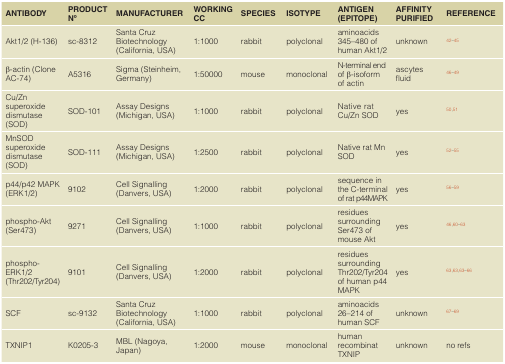
<table><thead><tr><td><b>ANTIBODY</b></td><td><b>PRODUCTNo</b></td><td><b>MANUFACTURER</b></td><td><b>WORKINGCC</b></td><td><b>SPECIES</b></td><td><b>ISOTYPE</b></td><td><b>ANTIGEN(EPITOPE)</b></td><td><b> AFFINITYPURIFIED</b></td><td><b>REFERENCE</b></td></tr></thead><tbody><tr><td>Akt1/2 (H-136)</td><td>sc-8312</td><td>Santa CruzBiotechnology(California, USA)</td><td>1:1000</td><td>rabbit</td><td>polyclonal</td><td>aminoacids345–480 ofhuman Akt1/2</td><td>unknown</td><td><sup>42–45</sup></td></tr><tr><td>β-actin (CloneAC-74)</td><td>A5316</td><td>Sigma (Steinheim,Germany)</td><td>1:50000</td><td>mouse</td><td>monoclonal</td><td> N-terminal endof β-isoformof actin</td><td>ascytesfluid</td><td><sup>46–49</sup></td></tr><tr><td>Cu/Znsuperoxidedismutase(SOD)</td><td>SOD-101</td><td>Assay Designs(Michigan, USA)</td><td>1:1000</td><td>rabbit</td><td>polyclonal</td><td>Native ratCu/Zn SOD</td><td>yes</td><td><sup>50,51</sup></td></tr><tr><td>MnSODsuperoxidedismutase(SOD)</td><td>SOD-111</td><td>Assay Designs(Michigan, USA)</td><td>1:2500</td><td>rabbit</td><td>polyclonal</td><td>Native rat MnSOD</td><td>yes</td><td><sup>52–55</sup></td></tr><tr><td>p44/p42 MAPK(ERK1/2)</td><td>9102</td><td>Cell Signalling(Danvers, USA)</td><td>1:2000</td><td>rabbit</td><td>polyclonal</td><td> sequence inthe C-terminalof rat p44MAPK</td><td>yes</td><td><sup>56–59</sup></td></tr><tr><td>phospho-Akt(Ser473)</td><td>9271</td><td>Cell Signalling(Danvers, USA)</td><td>1:1000</td><td>rabbit</td><td>polyclonal</td><td>residuessurroundingSer473 ofmouse Akt</td><td>yes</td><td><sup>46,60–63</sup></td></tr><tr><td>phospho-ERK1/2(Thr202/Tyr204)</td><td>9101</td><td>Cell Signalling(Danvers, USA)</td><td>1:2000</td><td>rabbit</td><td>polyclonal</td><td>residuessurroundingThr202/Tyr204of human p44MAPK</td><td>yes</td><td><sup>63,63,63–66</sup></td></tr><tr><td>SCF</td><td>sc-9132</td><td>Santa CruzBiotechnology(California, USA)</td><td>1:1000</td><td>rabbit</td><td>polyclonal</td><td>aminoacids26–214 ofhuman SCF</td><td>unknown</td><td><sup>67–69</sup></td></tr><tr><td>TXNIP1</td><td>K0205-3</td><td>MBL (Nagoya,Japan)</td><td>1:2000</td><td>mouse</td><td>monoclonal</td><td>humanrecombinatTXNIP</td><td>unknown</td><td>no refs</td></tr></tbody></table>